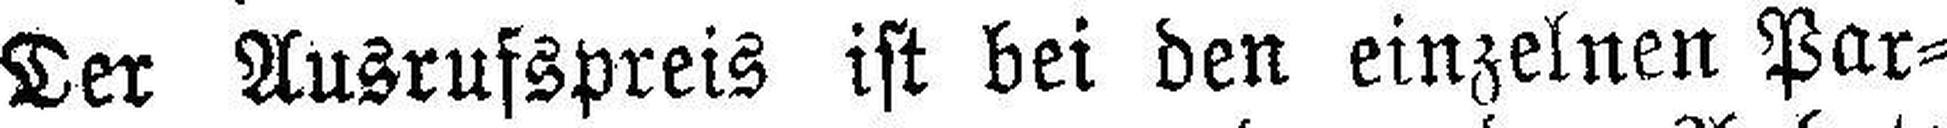
Der Ausrufspreis ist bei den einzelnen Par¬